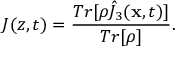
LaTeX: J ( z , t ) = { \frac { T r [ \rho \hat { J } _ { 3 } ( { \bf x } , t ) ] } { T r [ \rho ] } } .